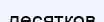
десятков